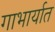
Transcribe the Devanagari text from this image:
गाभार्यात